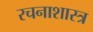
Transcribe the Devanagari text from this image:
रचनाशास्त्र